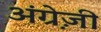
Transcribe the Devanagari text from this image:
अंग्रे़ज़ी